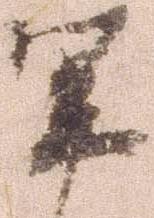
軍